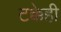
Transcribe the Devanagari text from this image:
टक्केही